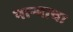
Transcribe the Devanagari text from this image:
नाऱ्याचा